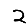
Digit: 2